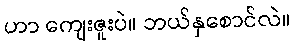
ဟာ ကျေးဇူးပဲ။ ဘယ်နှစောင်လဲ။